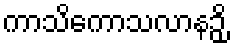
ကာသိကောသလာနဉှိ